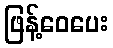
ဖြန့်ဝေပေး